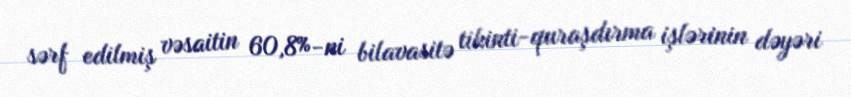
sərf edilmiş vəsaitin 60,8%-ni bilavasitə tikinti-quraşdırma işlərinin dəyəri